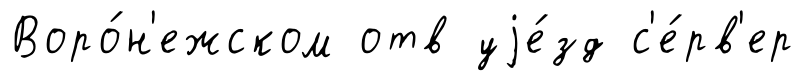
Воро́н'ежском отв уjе́зд с'е́рв'ер